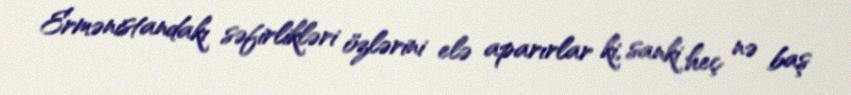
Ermənistandakı səfirlikləri özlərini elə aparırlar ki, sanki heç nə baş